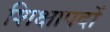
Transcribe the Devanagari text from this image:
शिक्षापदों